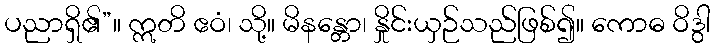
ပညာရှိ၏”။ ဣတိ ဧဝံ၊ သို့။ မိနန္တော၊ နှိုင်းယှဉ်သည်ဖြစ်၍။ ကောဓ ဝိဒွါ